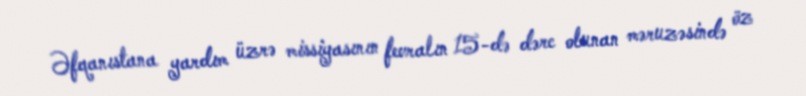
Əfqanıstana yardım üzrə missiyasının fevralın 15-də dərc olunan məruzəsində öz